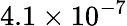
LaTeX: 4.1\times 10^{-7}